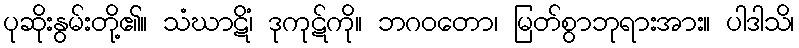
ပုဆိုးနွမ်းတို့၏။ သံဃာဋိံ၊ ဒုကုဋ်ကို။ ဘဂဝတော၊ မြတ်စွာဘုရားအား။ ပါဒါသိ၊